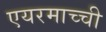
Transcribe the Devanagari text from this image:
एयरमाच्ची